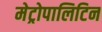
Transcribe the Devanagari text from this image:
मेट्रोपालिटिन